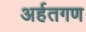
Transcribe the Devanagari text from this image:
अर्हतगण